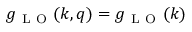
g _ { \mathrm { ~ L ~ O ~ } } ( \boldsymbol { k } , \boldsymbol { q } ) = g _ { \mathrm { ~ L ~ O ~ } } ( k )